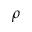
\rho